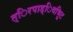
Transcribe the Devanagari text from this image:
त्िरपाड्िवभूिट